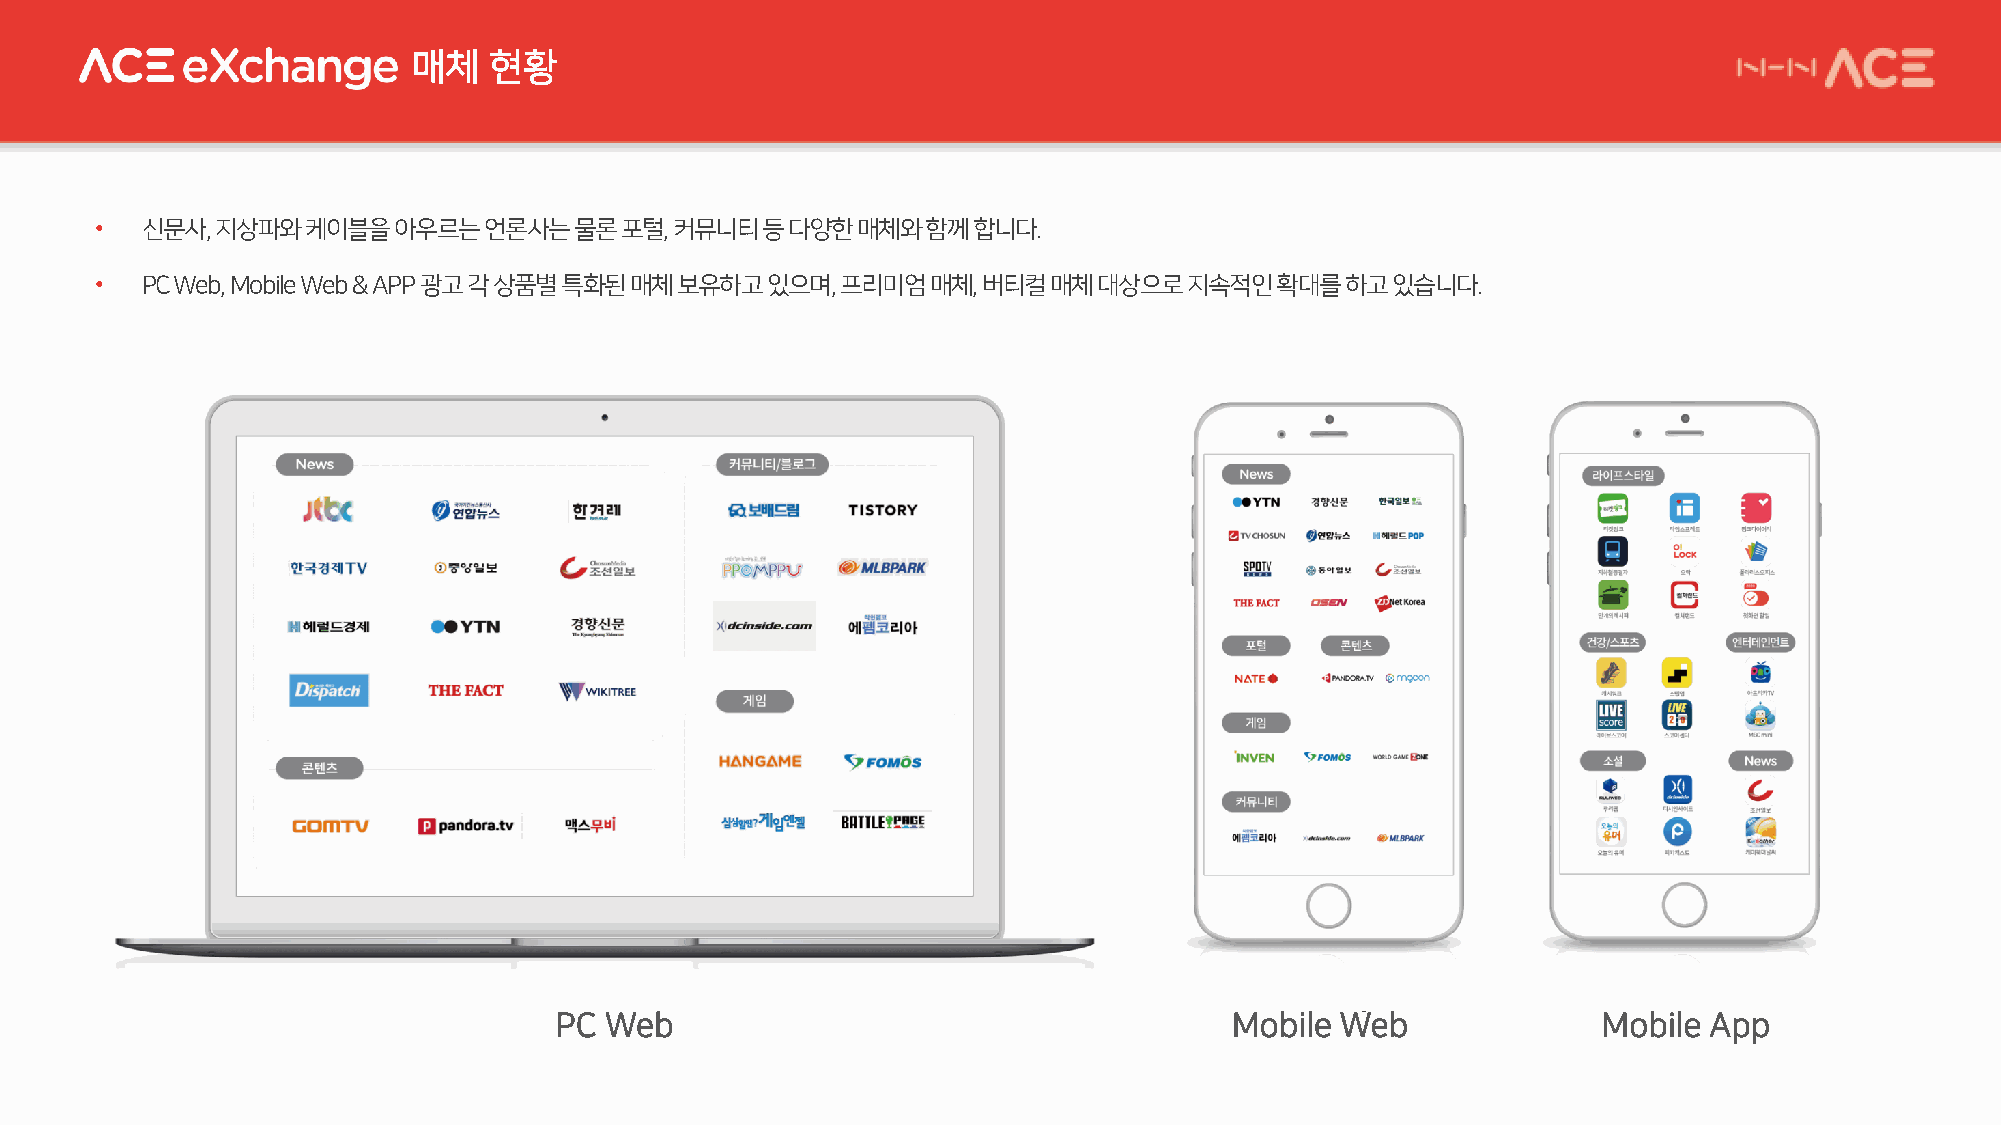
매체   현황
 •  신문사, 지상파와케이블을아우르는언론사는물론포털,          커뮤니티등다양한매체와함께합니다.
 •  PC Web, Mobile Web & APP 광고각상품별특화된매체보유하고있으며,   프리미엄매체,  버티컬매체대상으로지속적인확대를하고있습니다.
 PC Web                                       Mobile Web              Mobile App